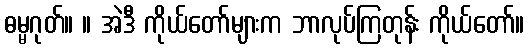
ဓမ္မဂုတ်။ ။ အဲဒီ ကိုယ်တော်များက ဘာလုပ်ကြတုန်း ကိုယ်တော်။